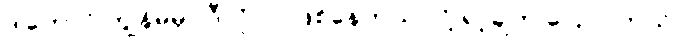
ဒါတောင် ကျွန်မမှာ ဒီလိုလာဖြစ်နေတယ် လို့ ရာ့ချ်က ပြောပါတယ်။